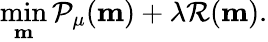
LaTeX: \operatorname*{min}_{\mathbf{m}}\mathcal{P}_{\mu}(\mathbf{m})+\lambda\mathcal{R}(\mathbf{m}).